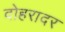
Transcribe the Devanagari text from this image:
दोहरादर